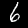
Label: 6